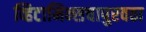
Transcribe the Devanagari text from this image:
व्हिटामिन्सचापुरवठा